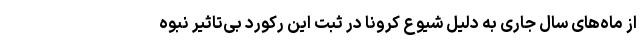
از ماه‌های سال جاری به دلیل شیوع کرونا در ثبت این رکورد بی‌تاثیر نبوه